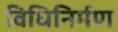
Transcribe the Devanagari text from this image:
विधिनिर्मण